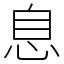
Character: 息